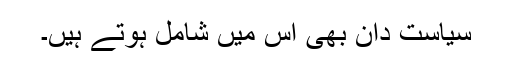
سیاست دان بھی اس میں شامل ہوتے ہیں۔